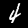
Digit: 4